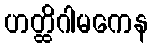
ဟတ္ထိဂါမကေန